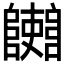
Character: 𨽄